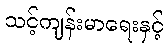
သင့်ကျန်းမာရေးနှင့်